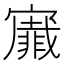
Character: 𭔡